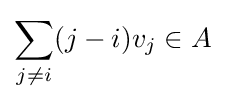
\sum _{j\neq i}(j-i)v_{j}\in A